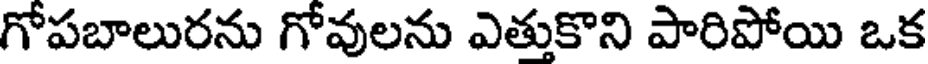
గోపబాలురను గోవులను ఎత్తుకొని పారిపోయి ఒక